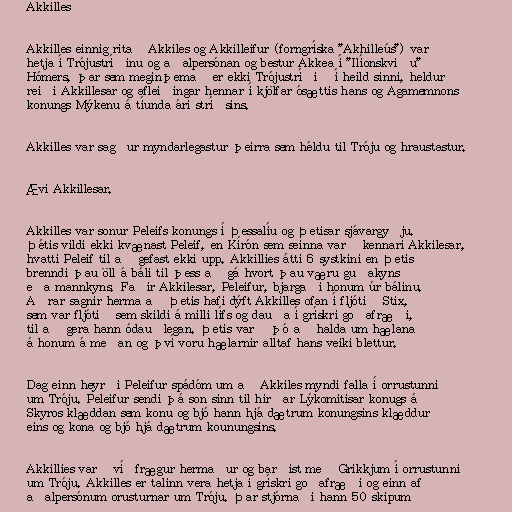
Akkilles

Akkilles einnig ritað Akkiles og Akkilleifur (forngríska "Akhilleús") var
hetja í Trójustríðinu og aðalpersónan og bestur Akkea í "Ilíonskviðu"
Hómers, þar sem meginþemað er ekki Trójustríðið í heild sinni, heldur
reiði Akkillesar og afleiðingar hennar í kjölfar ósættis hans og Agamemnons
konungs Mýkenu á tíunda ári stríðsins.

Akkilles var sagður myndarlegastur þeirra sem héldu til Tróju og hraustastur.

Ævi Akkillesar.

Akkilles var sonur Peleifs konungs í Þessalíu og Þetisar sjávargyðju.
Þétis vildi ekki kvænast Peleif, en Kírón sem seinna varð kennari Akkilesar,
hvatti Peleif til að gefast ekki upp. Akkillies átti 6 systkini en Þetis
brenndi þau öll á báli til þess að gá hvort þau væru guðakyns
eða mannkyns. Faðir Akkilesar, Peleifur, bjargaði honum úr bálinu.
Aðrar sagnir herma að Þetis hafi dýft Akkilles ofan í fljótið Stix,
sem var fljótið sem skildi á milli lífs og dauða í grískri goðafræði,
til að gera hann ódauðlegan. Þetis varð þó að halda um hælana
á honum á meðan og því voru hælarnir alltaf hans veiki blettur.

Dag einn heyrði Peleifur spádóm um að Akkiles myndi falla í orrustunni
um Tróju. Peleifur sendi þá son sinn til hirðar Lýkomitisar konugs á
Skyros klæddan sem konu og bjó hann hjá dætrum konungsins klæddur
eins og kona og bjó hjá dætrum kounungsins.

Akkillies varð víðfrægur hermaður og barðist með Grikkjum í orrustunni
um Tróju. Akkilles er talinn vera hetja í grískri goðafræði og einn af
aðalpersónum orusturnar um Tróju. Þar stjórnaði hann 50 skipum